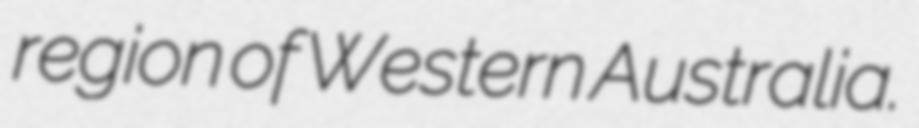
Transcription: region of Western Australia.